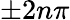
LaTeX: \pm 2n\pi